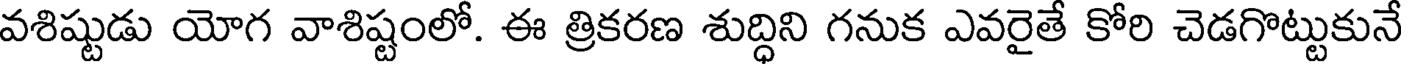
వశిష్టుడు యోగ వాశిష్టంలో. ఈ త్రికరణ శుద్ధిని గనుక ఎవరైతే కోరి చెడగొట్టుకునే